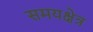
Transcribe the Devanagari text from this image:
समयक्षेत्र